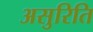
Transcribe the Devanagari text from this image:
असुरिति